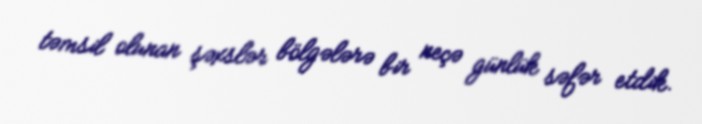
təmsil olunan şəxslər bölgələrə bir neçə günlük səfər etdik.